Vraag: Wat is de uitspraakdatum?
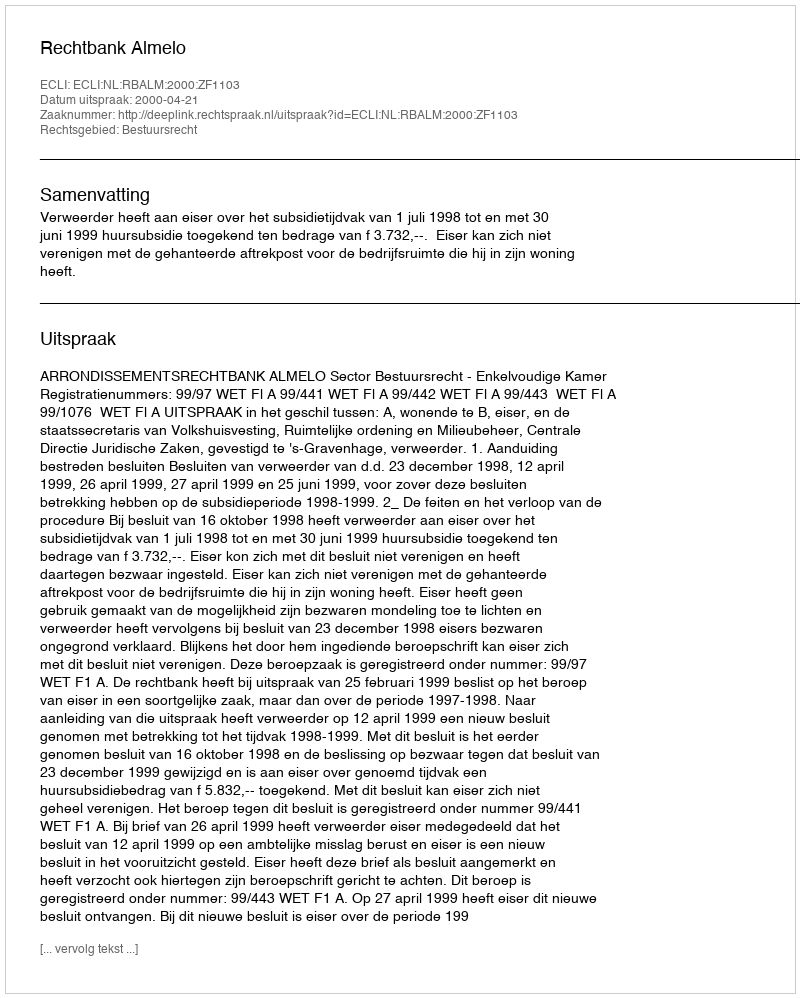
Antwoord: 2000-04-21